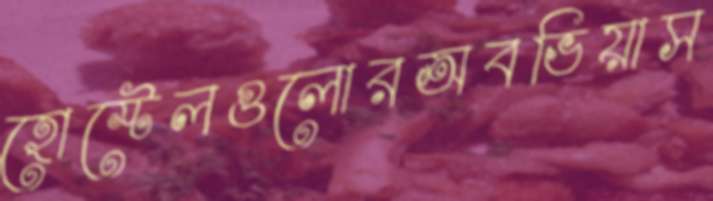
হোস্টেলগুলোরঅবভিয়াস